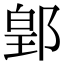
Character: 𨜔